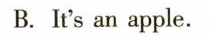
B. It's an apple.